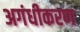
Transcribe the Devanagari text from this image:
अगंधीकरण